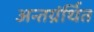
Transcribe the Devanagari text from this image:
अन्‍तग्रंर्थित